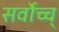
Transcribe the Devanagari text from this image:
सर्वोच्च्